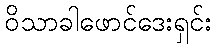
ဝိသာခါဖောင်ဒေးရှင်း